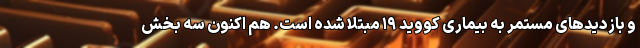
و بازدیدهای مستمر به بیماری کووید ۱۹ مبتلا شده است. هم اکنون سه بخش